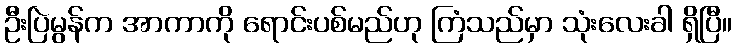
ဦးပြဲမွန်က အာကာကို ရောင်းပစ်မည်ဟု ကြံသည်မှာ သုံးလေးခါ ရှိပြီ။